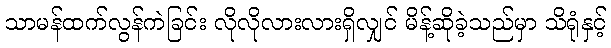
သာမန်ထက်လွန်ကဲခြင်း လိုလိုလားလားရှိလျှင် မိန့်ဆိုခဲ့သည်မှာ သိရုံနှင့်